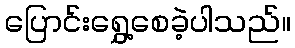
ပြောင်းရွှေ့စေခဲ့ပါသည်။